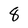
Character: 8